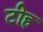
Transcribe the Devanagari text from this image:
टीह